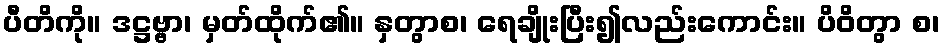
ပီတိကို။ ဒဋ္ဌဗ္ဗာ၊ မှတ်ထိုက်၏။ နှတွာစ၊ ရေချိုးပြီး၍လည်းကောင်း။ ပိဝိတွာ စ၊